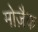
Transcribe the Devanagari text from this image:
मोज़ैक